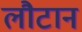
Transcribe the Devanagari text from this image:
लौटान